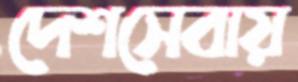
দেশসেবায়